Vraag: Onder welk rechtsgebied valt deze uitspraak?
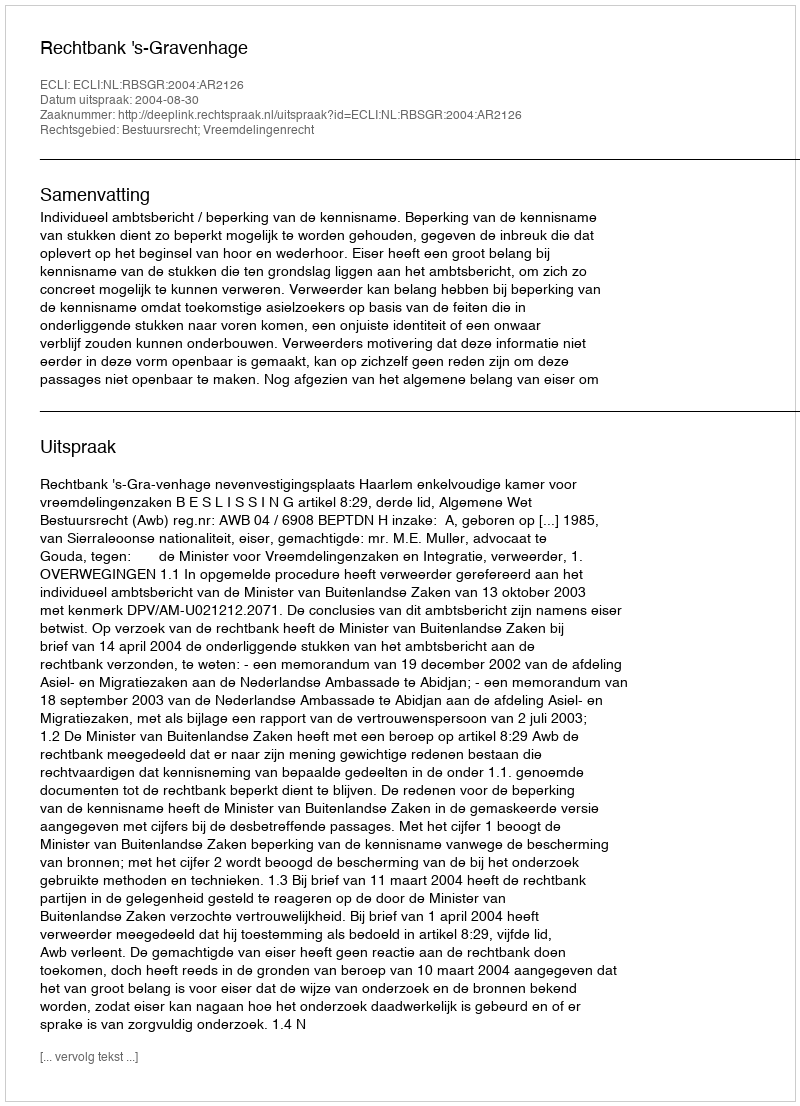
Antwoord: Bestuursrecht; Vreemdelingenrecht